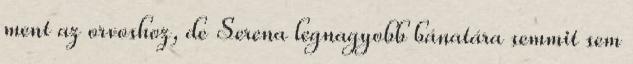
ment az orvoshoz, de Serena legnagyobb bánatára semmit sem